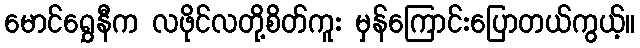
မောင်ရွှေနီက လဖိုင်လတို့စိတ်ကူး မှန်ကြောင်းပြောတယ်ကွယ့်။